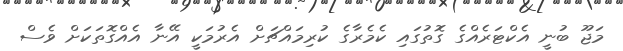
މަޖޫ ބުނީ އެކްޓަރެއްގެ ގޮތުގައި ކެމެރާގެ ކުރިމައްޗަށް އެރުމަކީ އޭނާ އެއްގޮތަކަށް ވެސް